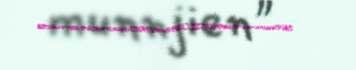
munnjien"